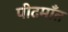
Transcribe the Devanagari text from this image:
पीदमाँत